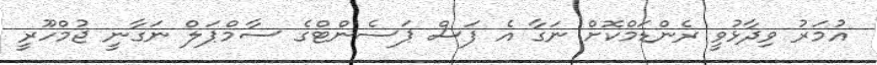
އުމަރު ވިދާޅުވީ ރެންޑަމްކޮށް ނަގާ އެ ފަސް ޕަސެންޓްގެ ސާމްޕަލް ނަގާނީ ޖުމްހޫރީ